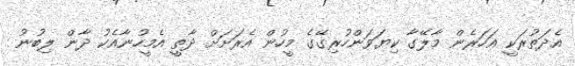
އެދަތުރަކީ އަހަރެން މާލޭގާ ކިޔަވަންހުރިގޭގެ މީހުން އެރަށަށް ދާތީ އެމީހުނާއެކު ދާން ލިބުނު